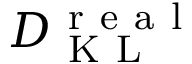
D _ { \mathrm { ~ K ~ L ~ } } ^ { \mathrm { ~ r ~ e ~ a ~ l ~ } }